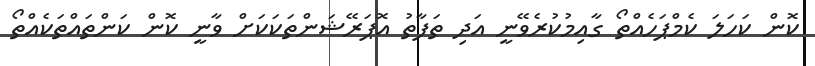
ކޮން ކަހަލަ ކެމްޕަހެއްތޯ ގާއިމުކުރެވޭނީ އަދި ތަފާތު އޮޕަރޭޝަންތަކަކަށް ވާނީ ކޮން ކަންތައްތަކެއްތޯ